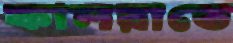
কালরাতে